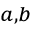
^ { a , b }